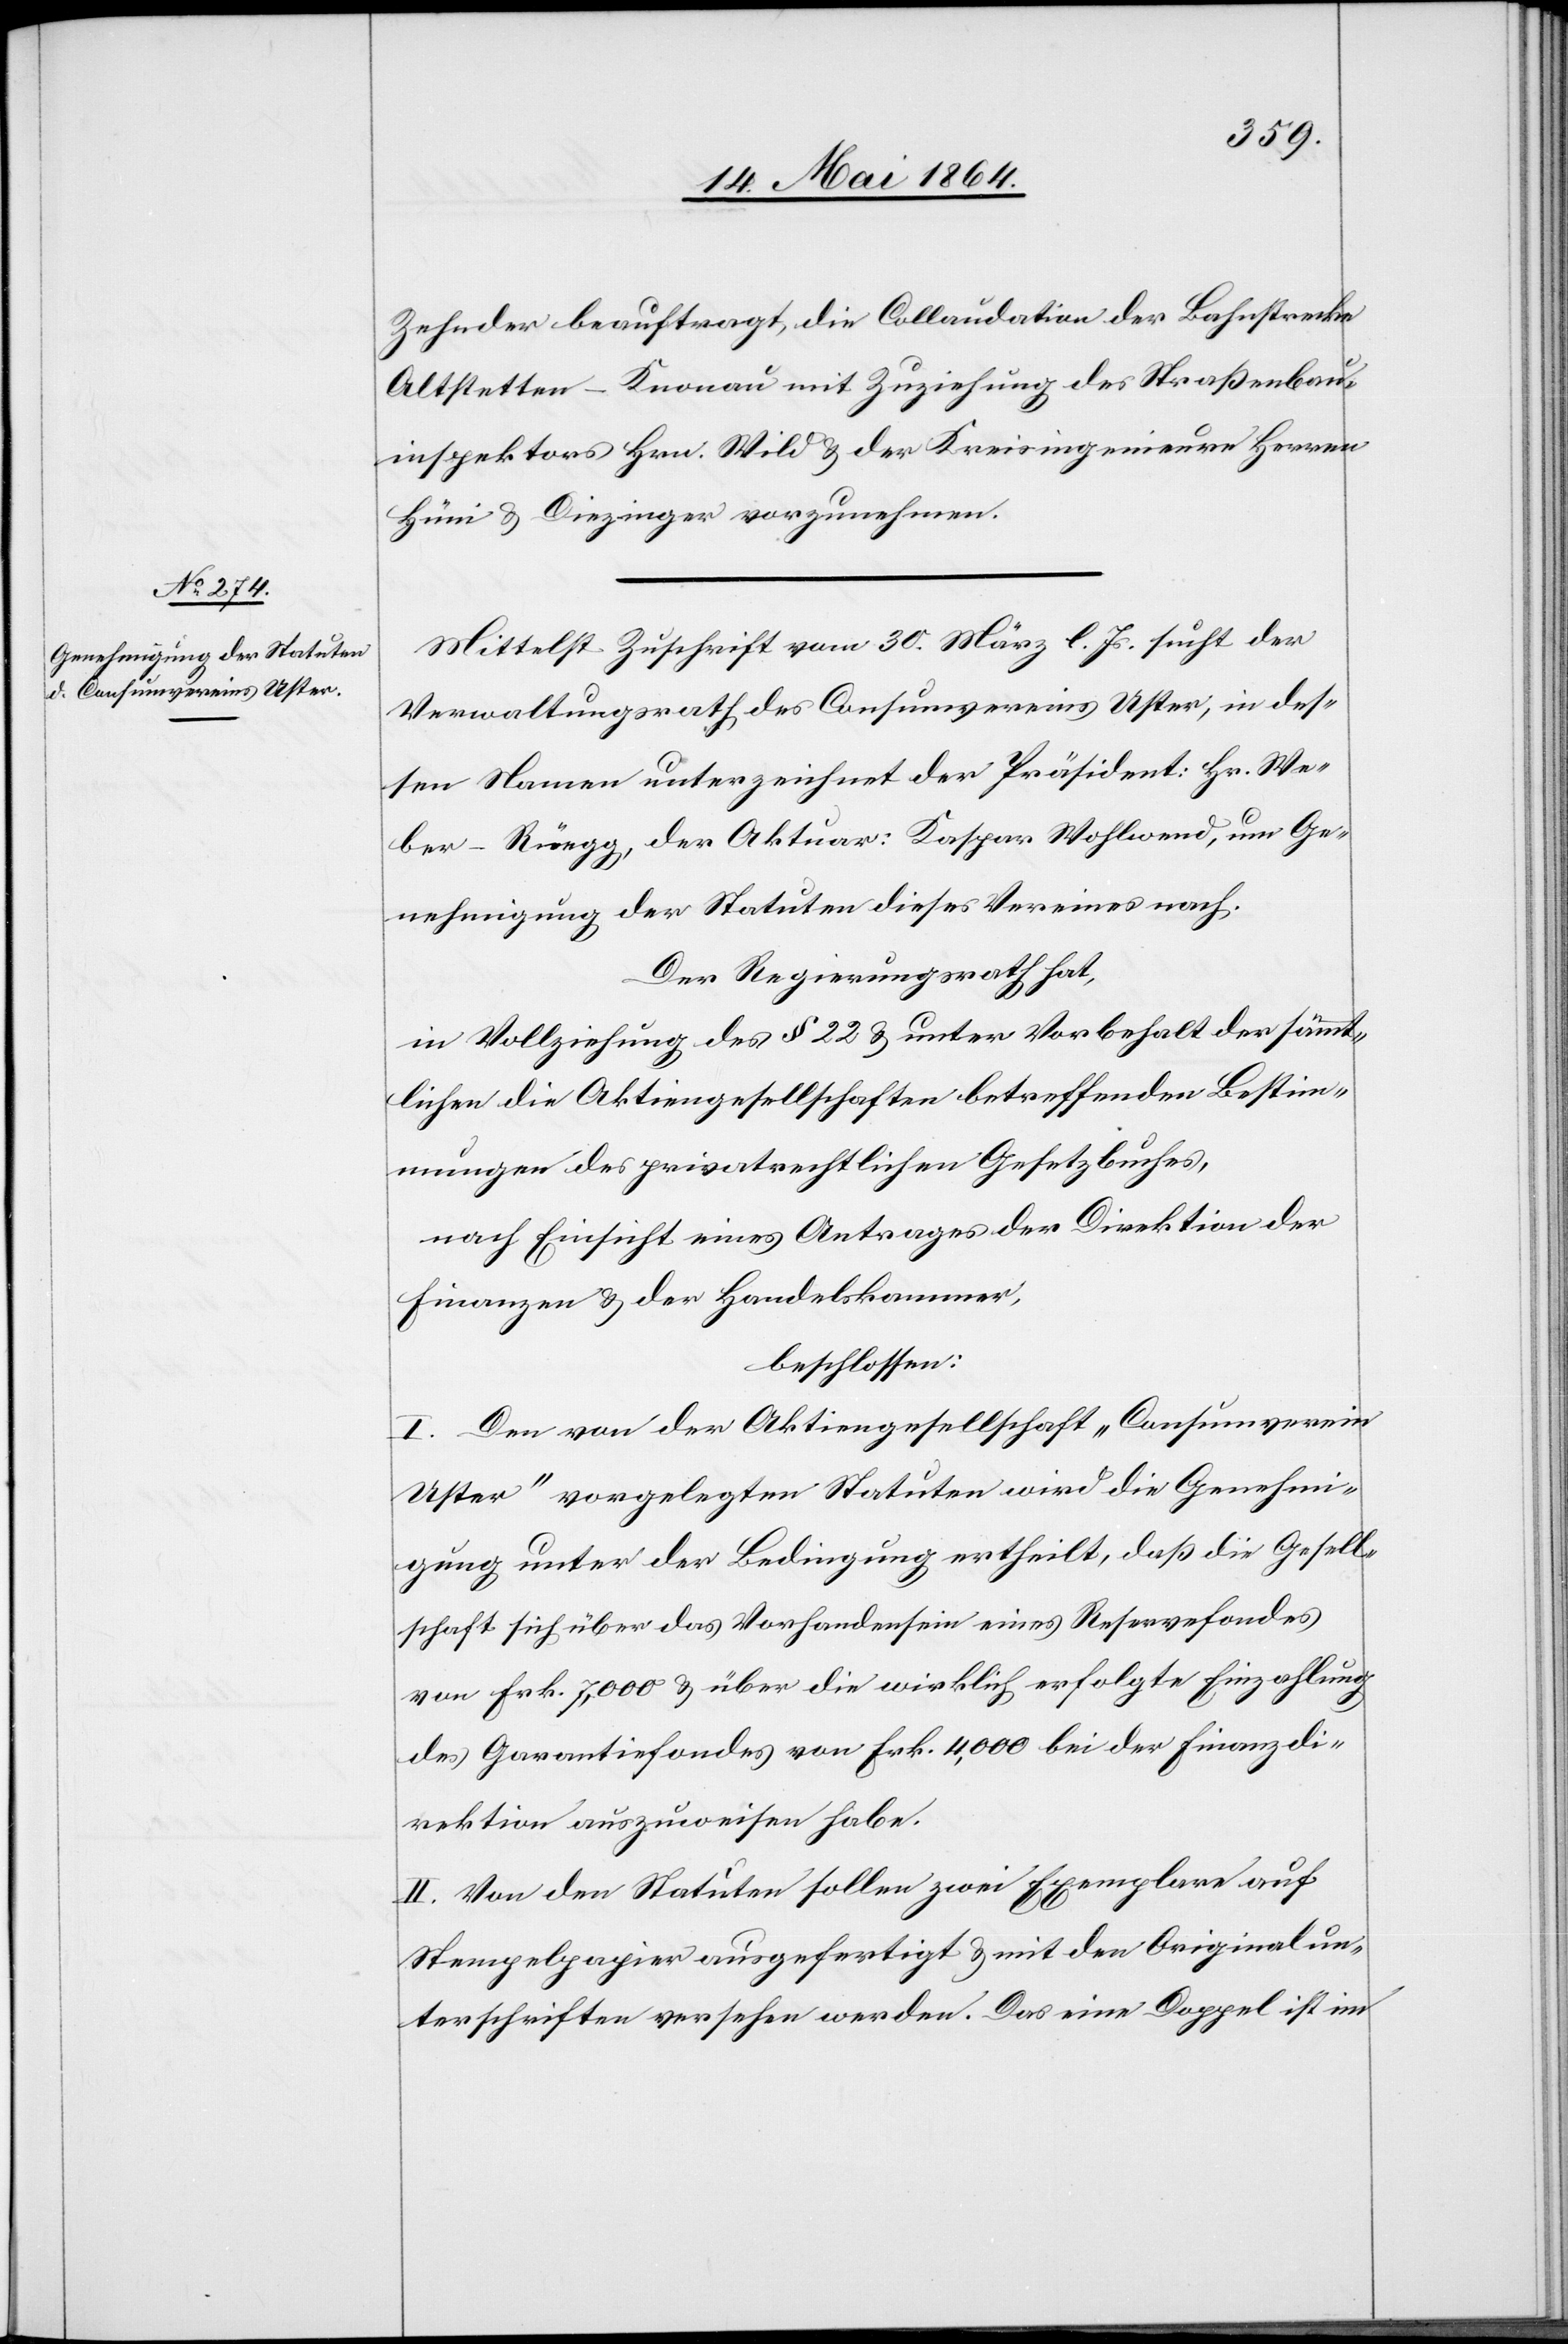
Zehnder beauftragt, die Collaudation der Bahnstrecke
Altstetten–Knonau mit Zuziehung des Straßenbau¬
inspektors Hrn. Wild u. der Kreisingenieure Herren
Hüni u. Diezinger vorzunehmen.
Mittelst Zuschrift vom 30. März l. Js. sucht der
Verwaltungsrath des Consumvereins Uster, in des¬
sen Namen unterzeichnet der Präsident: Hr. We¬
ber-Rüegg, der Aktuar: Kaspar Wohlwend, um Ge¬
nehmigung der Statuten dieses Vereines nach.
Der Regierungsrath hat,
in Vollziehung des § 22 u. unter Vorbehalt der sämmt¬
lichen die Aktiengesellschaften betreffenden Bestim¬
mungen des privatrechtlichen Gesetzbuches,
nach Einsicht eines Antrages der Direktion der
Finanzen u. der Handelskammer,
beschlossen:
I. Den von der Aktiengesellschaft „Consumverein
Uster“ vorgelegten Statuten wird die Genehmi¬
gung unter der Bedingung ertheilt, daß die Gesell¬
schaft sich über das Vorhandensein eines Reservefondes
von Frk. 7,000 u. über die wirklich erfolgte Einzahlung
des Garantiefondes von Frk. 4,000 bei der Finanzdi¬
rektion auszuweisen habe.
II. Von den Statuten sollen zwei Exemplare auf
Stempelpapier ausgefertigt u. mit den Originalun¬
terschriften versehen werden. Das eine Doppel ist im